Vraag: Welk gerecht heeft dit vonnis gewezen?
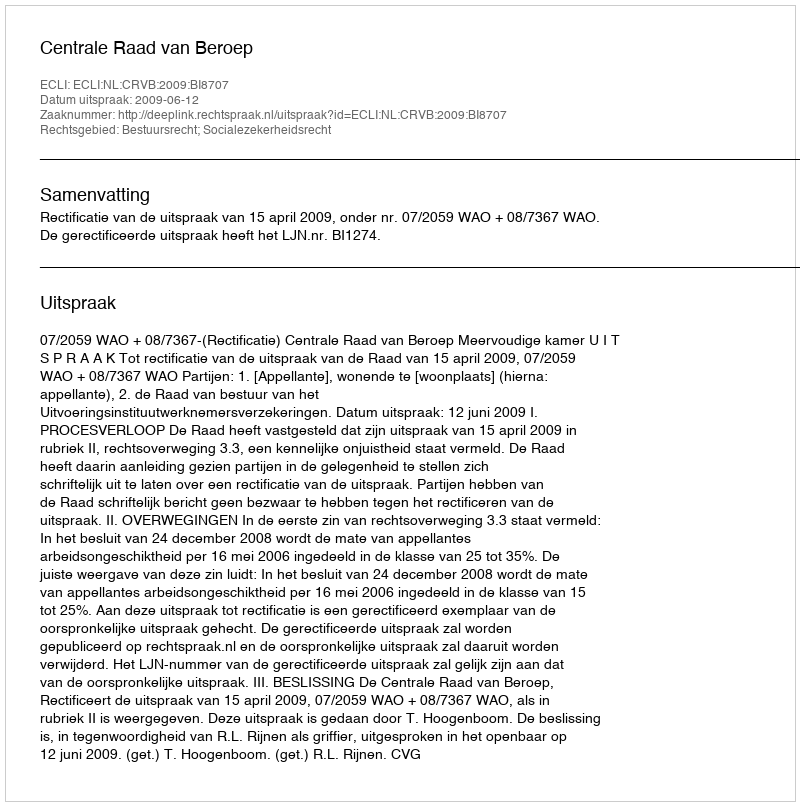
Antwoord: Centrale Raad van Beroep